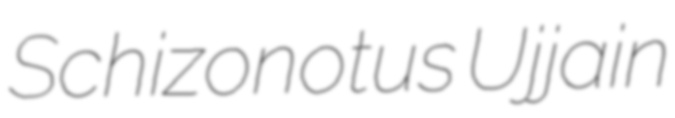
Schizonotus Ujjain